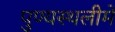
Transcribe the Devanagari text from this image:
पुण्‍यस्‍थलीमें